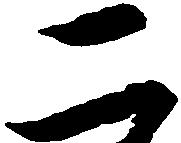
二